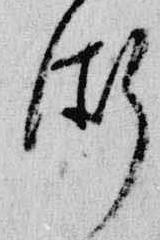
術